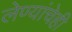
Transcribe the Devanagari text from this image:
लेण्यांचेही